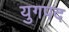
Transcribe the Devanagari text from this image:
युगपद